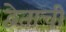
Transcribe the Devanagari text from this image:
द्वेताची